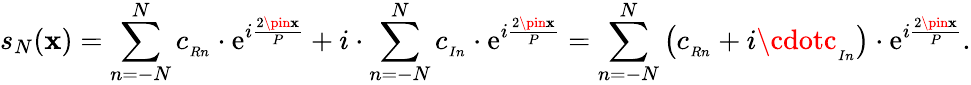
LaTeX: s_{N}(\mathbf{x})=\sum_{n=-N}^{N}c_{_{Rn}}\cdot\mathrm{e}^{i{\frac{{2\pin\mathbf{x}}}{{P}}}}+i\cdot\sum_{n=-N}^{N}c_{_{In}}\cdot\mathrm{e}^{i{\frac{{2\pin\mathbf{x}}}{{P}}}}=\sum_{n=-N}^{N}\left(c_{_{Rn}}+i\cdotc_{_{In}}\right)\cdot\mathrm{e}^{i{\frac{{2\pin\mathbf{x}}}{{P}}}}.